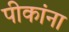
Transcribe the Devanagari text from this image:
पीकांना